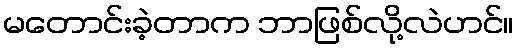
မတောင်းခဲ့တာက ဘာဖြစ်လို့လဲဟင်။